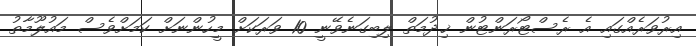
އިރުވަރެއްގައި އެ ރެސްޓޯރަންޓުން ޚިދުމަތް ލިބިގަނެވޭނީ 10 ވަރަކަށް މީހުންނަށް ކަމަށްވެސް މައުލޫމާތު